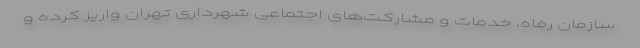
سازمان رفاه، خدمات و مشارکت‌های اجتماعی شهرداری تهران واریز کرده و